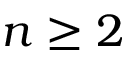
n \geq 2